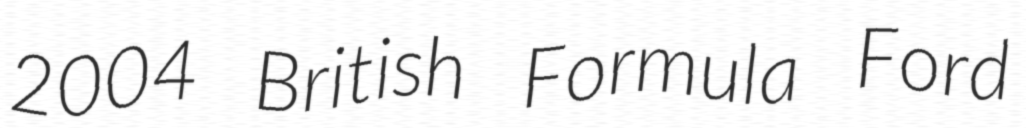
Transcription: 2004 British Formula Ford